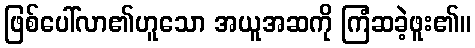
ဖြစ်ပေါ်လာ၏ဟူသော အယူအဆကို ကြံဆခဲ့ဖူး၏။